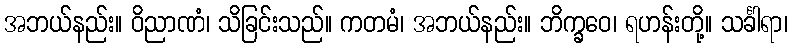
အဘယ်နည်း။ ဝိညာဏံ၊ သိခြင်းသည်။ ကတမံ၊ အဘယ်နည်း။ ဘိက္ခဝေ၊ ရဟန်းတို့။ သင်္ခါရာ၊